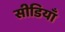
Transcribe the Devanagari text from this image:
सीडियाँ